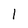
Character: l